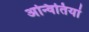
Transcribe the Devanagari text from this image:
अन्वितियां